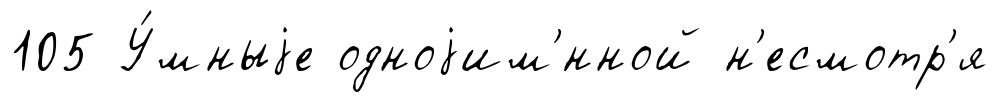
105 У́мныjе одноjим'́нной н'есмотр'я